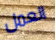
العمل